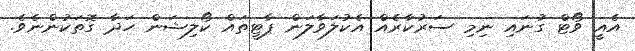
އެއީ ވޯޓް ގުނައި ނިމި ސަރުކާރެއް އެކުލަވާލަން ޕާޓީތައް ކޯލިޝަން ހަދާ ގޮތަކުންނެވެ.